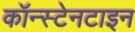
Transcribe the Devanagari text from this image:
कॉन्स्टेनटाइन